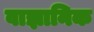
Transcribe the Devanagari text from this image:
वाज्ञानिक